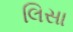
લિસા